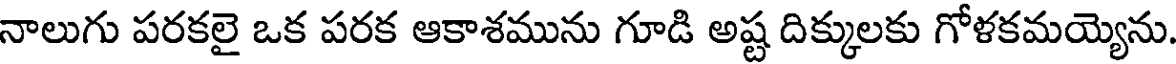
నాలుగు పరకలై ఒక పరక ఆకాశమును గూడి అష్ట దిక్కులకు గోళకమయ్యెను.